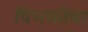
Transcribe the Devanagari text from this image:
विभक्तीचा